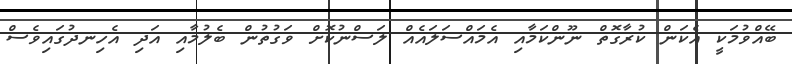
ބޭއްވުމަކީ އެކަން ކުރާގޮތް ނޫންކަމާއި އެމައްސަލައެއް ލަސްނުކޮށް ވަގުތުން ބެލުމާއި އަދި އެހިނދުގައިވެސް